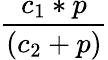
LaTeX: \frac{c_{1}*p}{(c_{2}+p)}